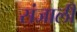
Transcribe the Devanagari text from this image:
संजाली